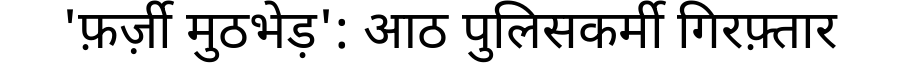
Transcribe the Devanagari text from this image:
'फ़र्ज़ी मुठभेड़': आठ पुलिसकर्मी गिरफ़्तार